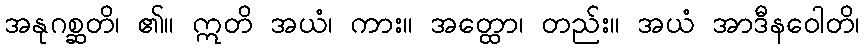
အနုဂစ္ဆတိ၊ ၏။ ဣတိ အယံ၊ ကား။ အတ္ထော၊ တည်း။ အယံ အာဒီနဝေါတိ၊